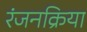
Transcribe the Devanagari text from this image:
रंजनक्रिया